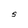
Character: S